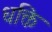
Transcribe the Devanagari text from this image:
धक्ति